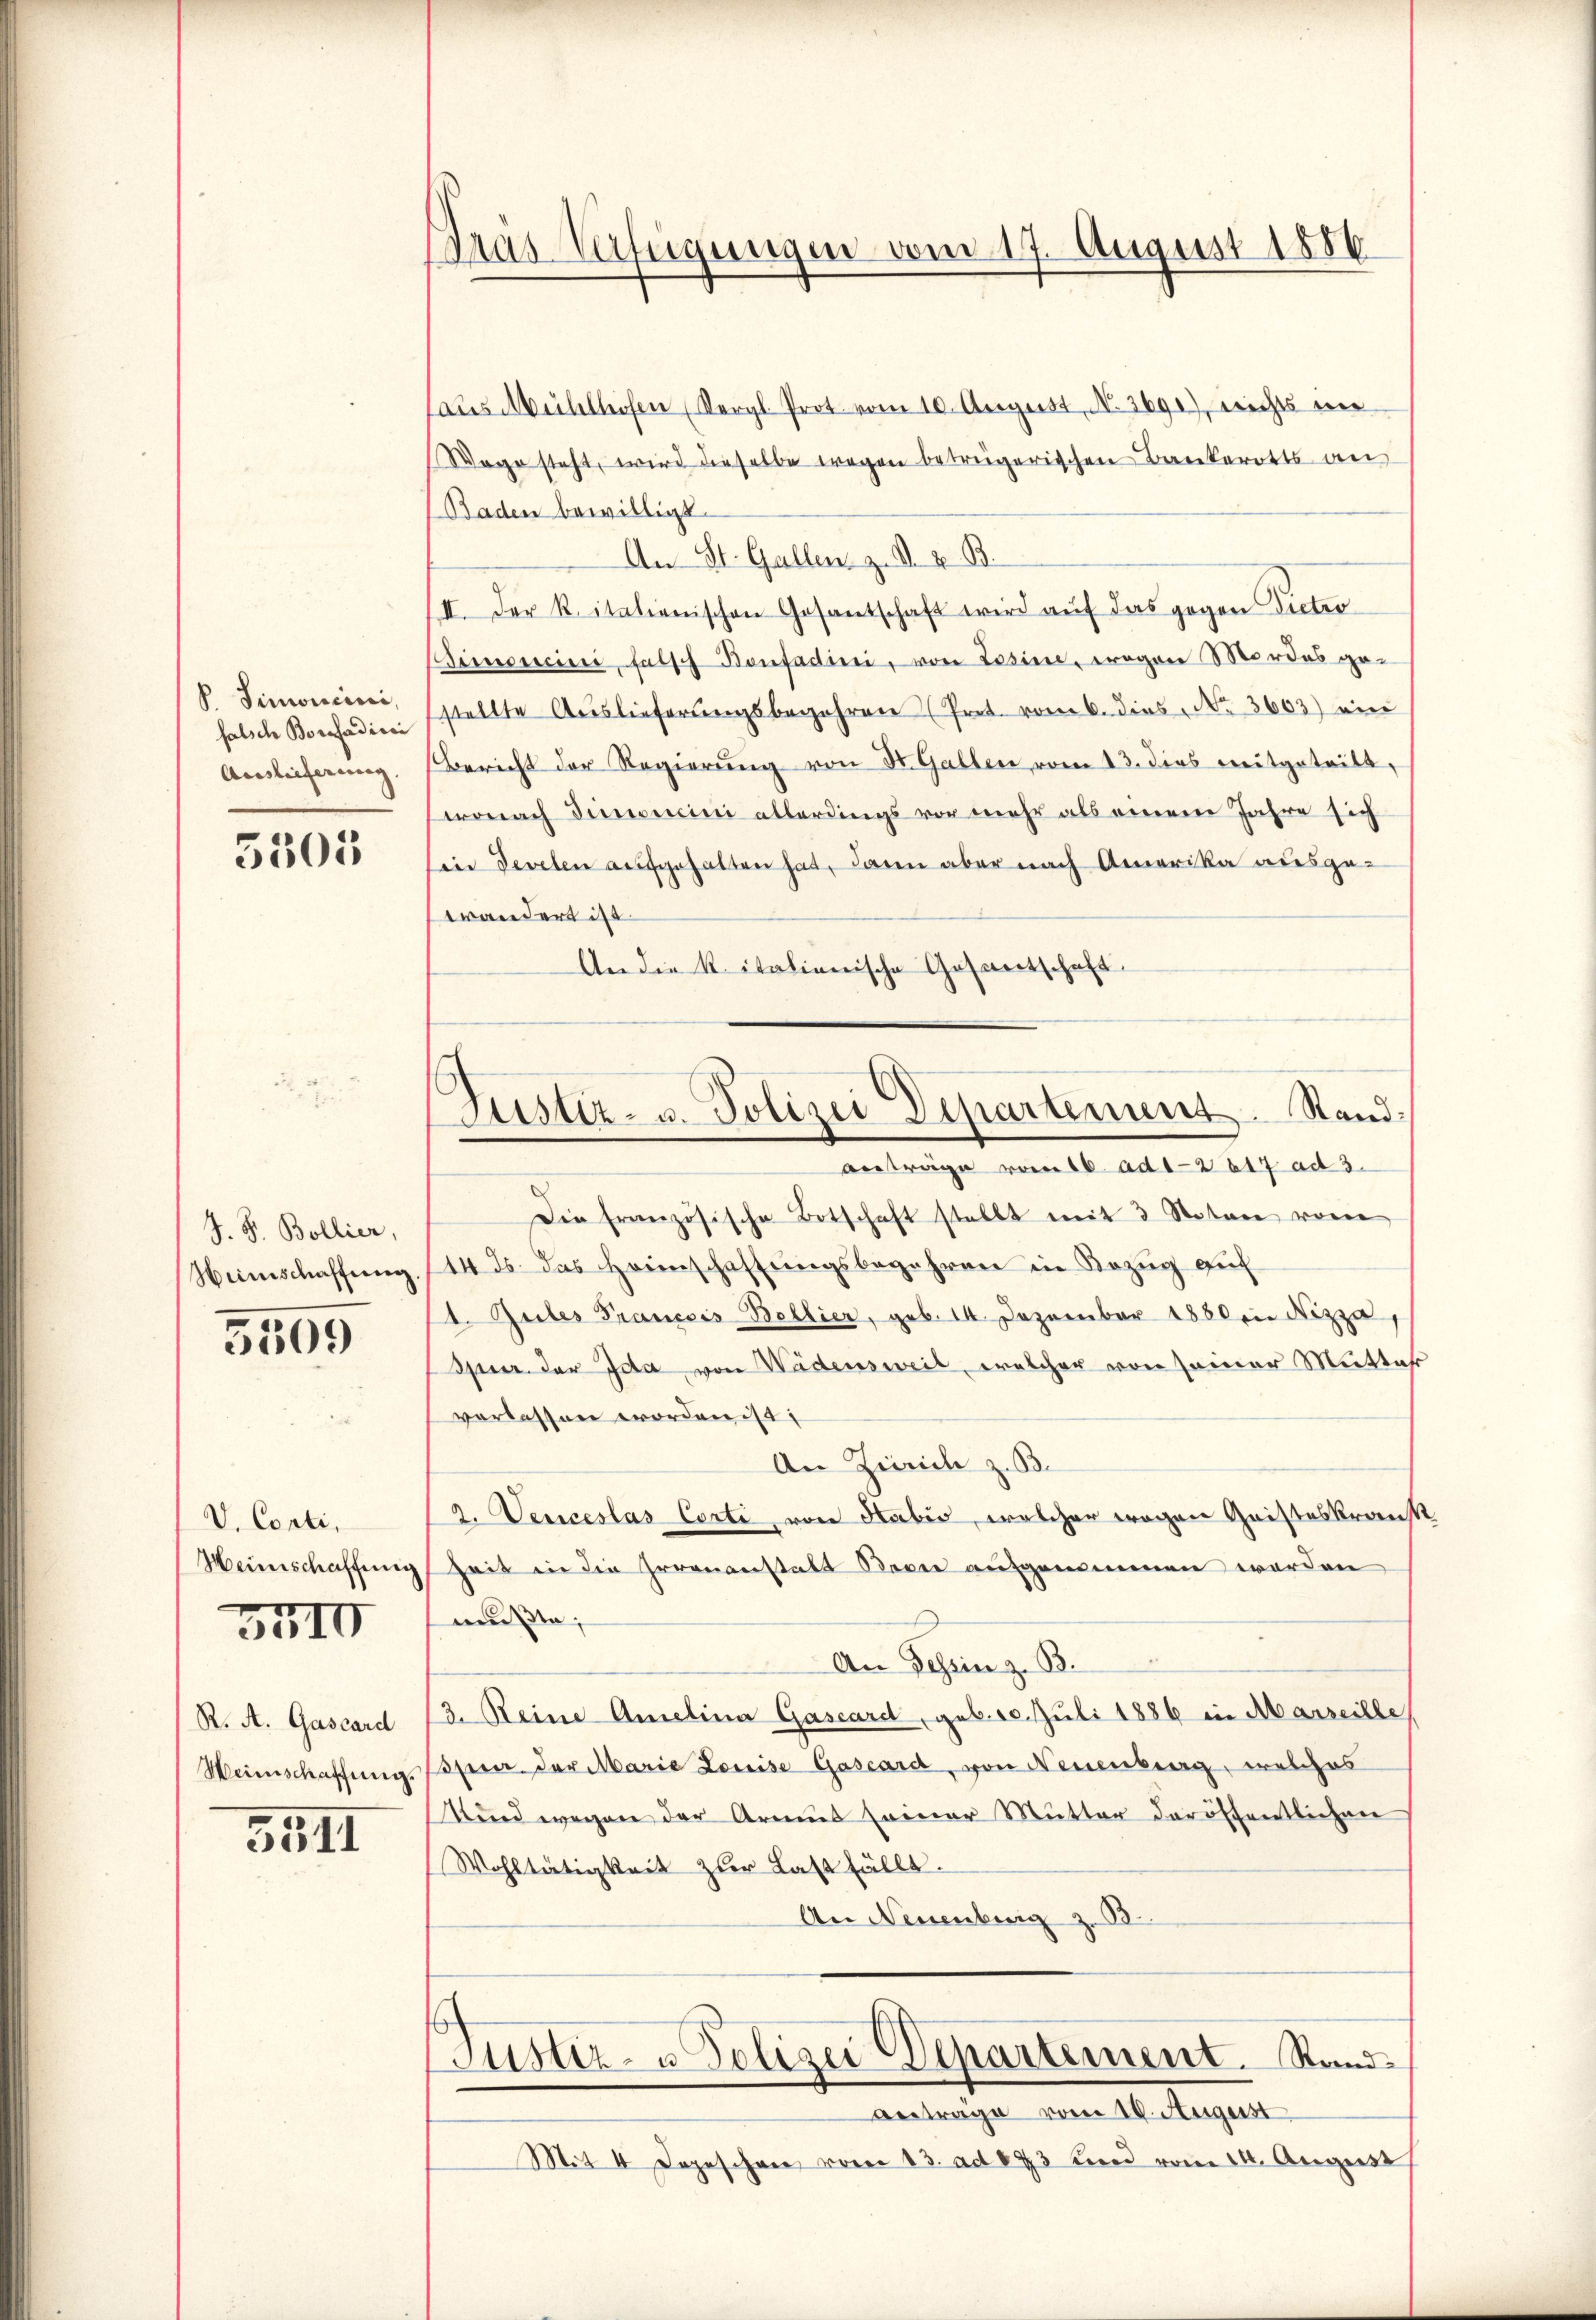
V. Simonicirei,
falsche Borefadicei
Auslieferung.

5305

J. F. Bollier,
Heimschaffung.

5309

V. Conti,
Heinschaffung

3II

R. A. Gascard
Weinschaffung.

5511

Gras Verfügungen vom 17. August 1886

as Mühllosen (Vergl. Prot. vom 10. August, N. 3690), nichts im
Wogo steht, wird dieselbe wegen betrügerischen Bankerotts an
Baden bewilligt.
An St. Gallen z. S. z. B.
II. Der Ritalienischen Gosantschaft wird auf das gegen Victer
Simonini, falsch Bonfadini, von Losine, wegen Mordes ge-
stellte Aŭslieferŭngsbegehren Prot. vom 6. dies Nr. 3603) ein
Bericht der Regierŭng von St. Gallen vom 13. dies mitgeteilt,
wonach Simonini allerdings vor mehr als einem Jahre sich
in Develen aufgehalten hat, dann aber nach Amerika ausge-
trandert ist
An die kitalienische Gasantschaft.
Die französische Botschaft stellt mit 3 Noten vom
14. ds. das Heimschaftungsbegehren in Bezug auf
1. Gutes Francois-Bellier, geb. 14. Dezember 1880 in Nizza,
Spur der Ida von Wädensweil, welcher von seiner Mittas
verlassen worden is
An Zürich z. B.
2. Veniceslas Corte, von Habiv, welcher wegen Geisteskranst
Zeit in die Irrenanstalt Bern aufgenommen worden
mußte;
An Tessin z. B.
3. Reine Amelina Gascard, geb. 10. Juli 1886 in Marseille
spner der Marie Louise Gascard, von Neuenburg, welches
kind wegen der Armus seiner Mutter der öffentlichen
Wohltätigkeit zur Last fällt.
An Neuenburg z. B.
Justiz- u Polizei Departement. Stand
Antrage vom 10. August
Mit 4 Depeschen vom 13. ad 173 und vom 14. August

Justiz- u. Polizei Departement. Sandanträge vom 16. ad 1-2 617 ad 3.